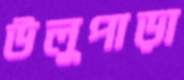
উলুপাড়া